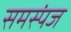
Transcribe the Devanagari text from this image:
समस्पंज